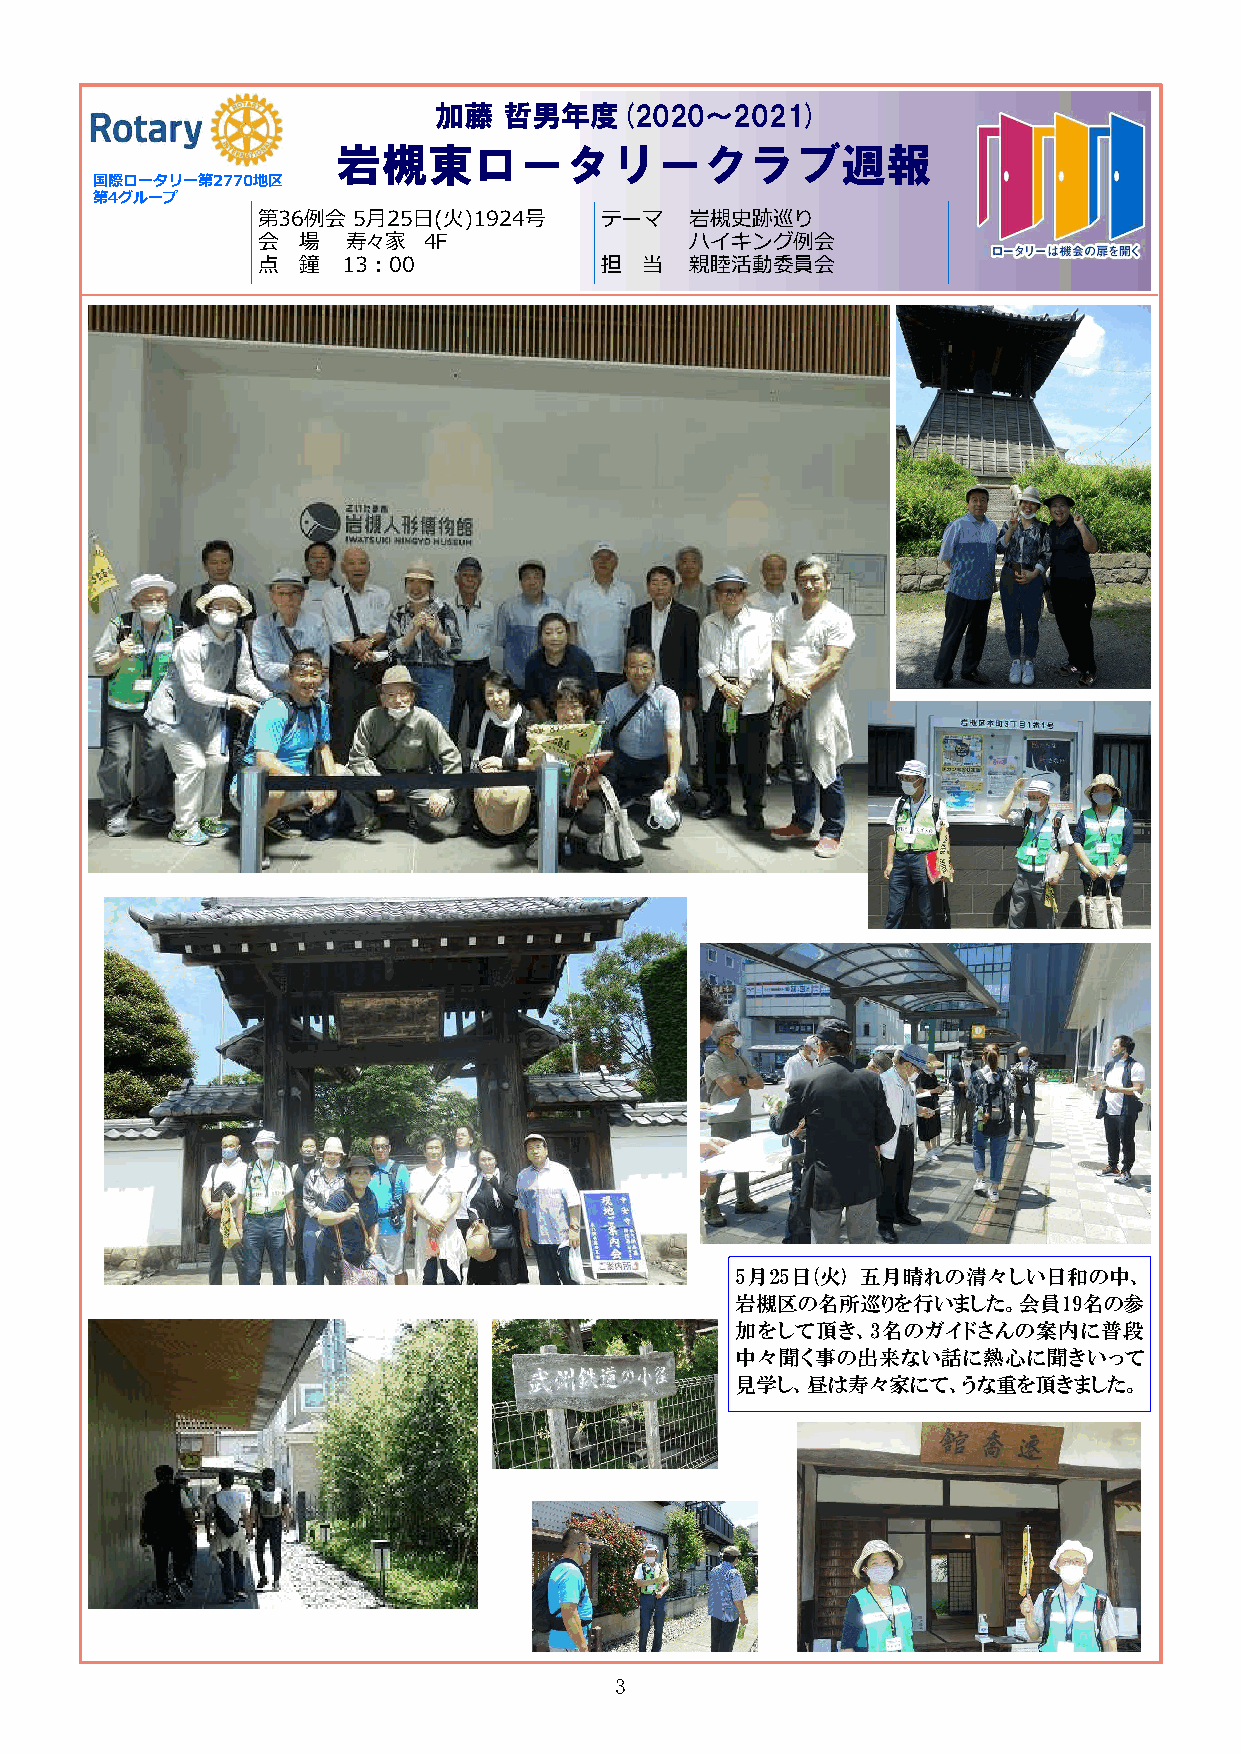
加藤  哲男年度(2020～2021)
 岩槻東ロータリークラブ週報
 国国国国国際際際際際ロロロロローーーーータタタタタリリリリリーーーーー第第第第第22222777777777700000地地地地地区区区区区
 第第第第第44444グググググルルルルルーーーーープププププ
 第36例会 5月25日(火)1924号    テーマ   岩槻史跡巡り
 会  場  寿々家  4F                ハイキング例会
 点  鐘  13：00            担 当   親睦活動委員会
 5月25日(火) 五月晴れの清々しい日和の中、
 岩槻区の名所巡りを行いました。会員19名の参
 加をして頂き、3名のガイドさんの案内に普段
 中々聞く事の出来ない話に熱心に聞きいって
 見学し、昼は寿々家にて、うな重を頂きました。
 3